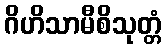
ဂိဟိသာမီစိသုတ္တံ